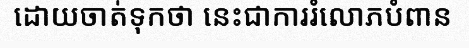
ដោយចាត់ទុកថា នេះជាការរំលោភបំពាន